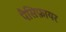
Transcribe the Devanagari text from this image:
पैसिफ़ायर